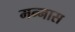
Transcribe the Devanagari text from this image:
मन्नास